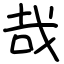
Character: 哉